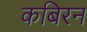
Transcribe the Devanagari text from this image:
कबिरन